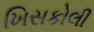
ખિસકોલી